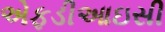
એફડીઆઇસી